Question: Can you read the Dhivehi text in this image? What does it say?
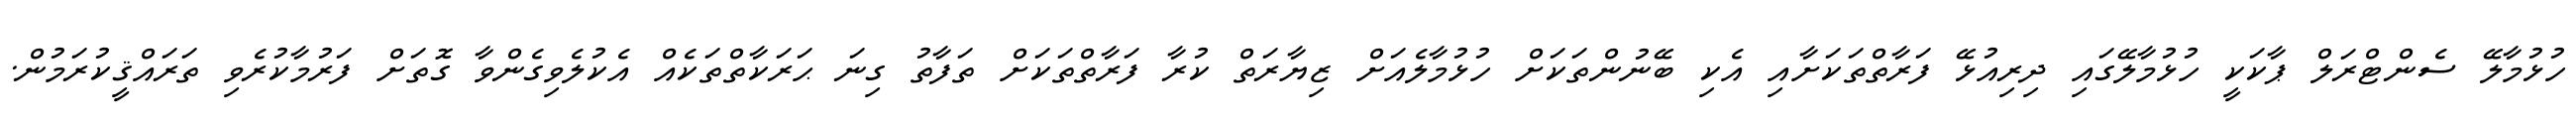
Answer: ހުޅުމާލޭ ސެންޓްރަލް ޕާކަކީ ހުޅުމާލޭގައި ދިރިއުޅޭ ފަރާތްތަކަށާއި އެކި ބޭނުންތަކަށް ހުޅުމާލެއަށް ޒިޔާރަތް ކުރާ ފަރާތްތަކަށް ތަފާތު ގިނަ ޙަރަކާތްތަކެއް އެކުލެވިގެންވާ ގޮތަށް ފަރުމާކުރެވި ތަރައްޤީކުރަމުން.